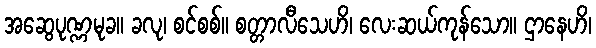
အဆွေပုဏ္ဏမုခ။ ခလု၊ စင်စစ်။ စတ္တာလီသေဟိ၊ လေးဆယ်ကုန်သော။ ဌာနေဟိ၊